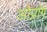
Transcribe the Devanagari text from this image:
ओप्रांग